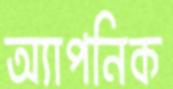
অ্যাপনিক